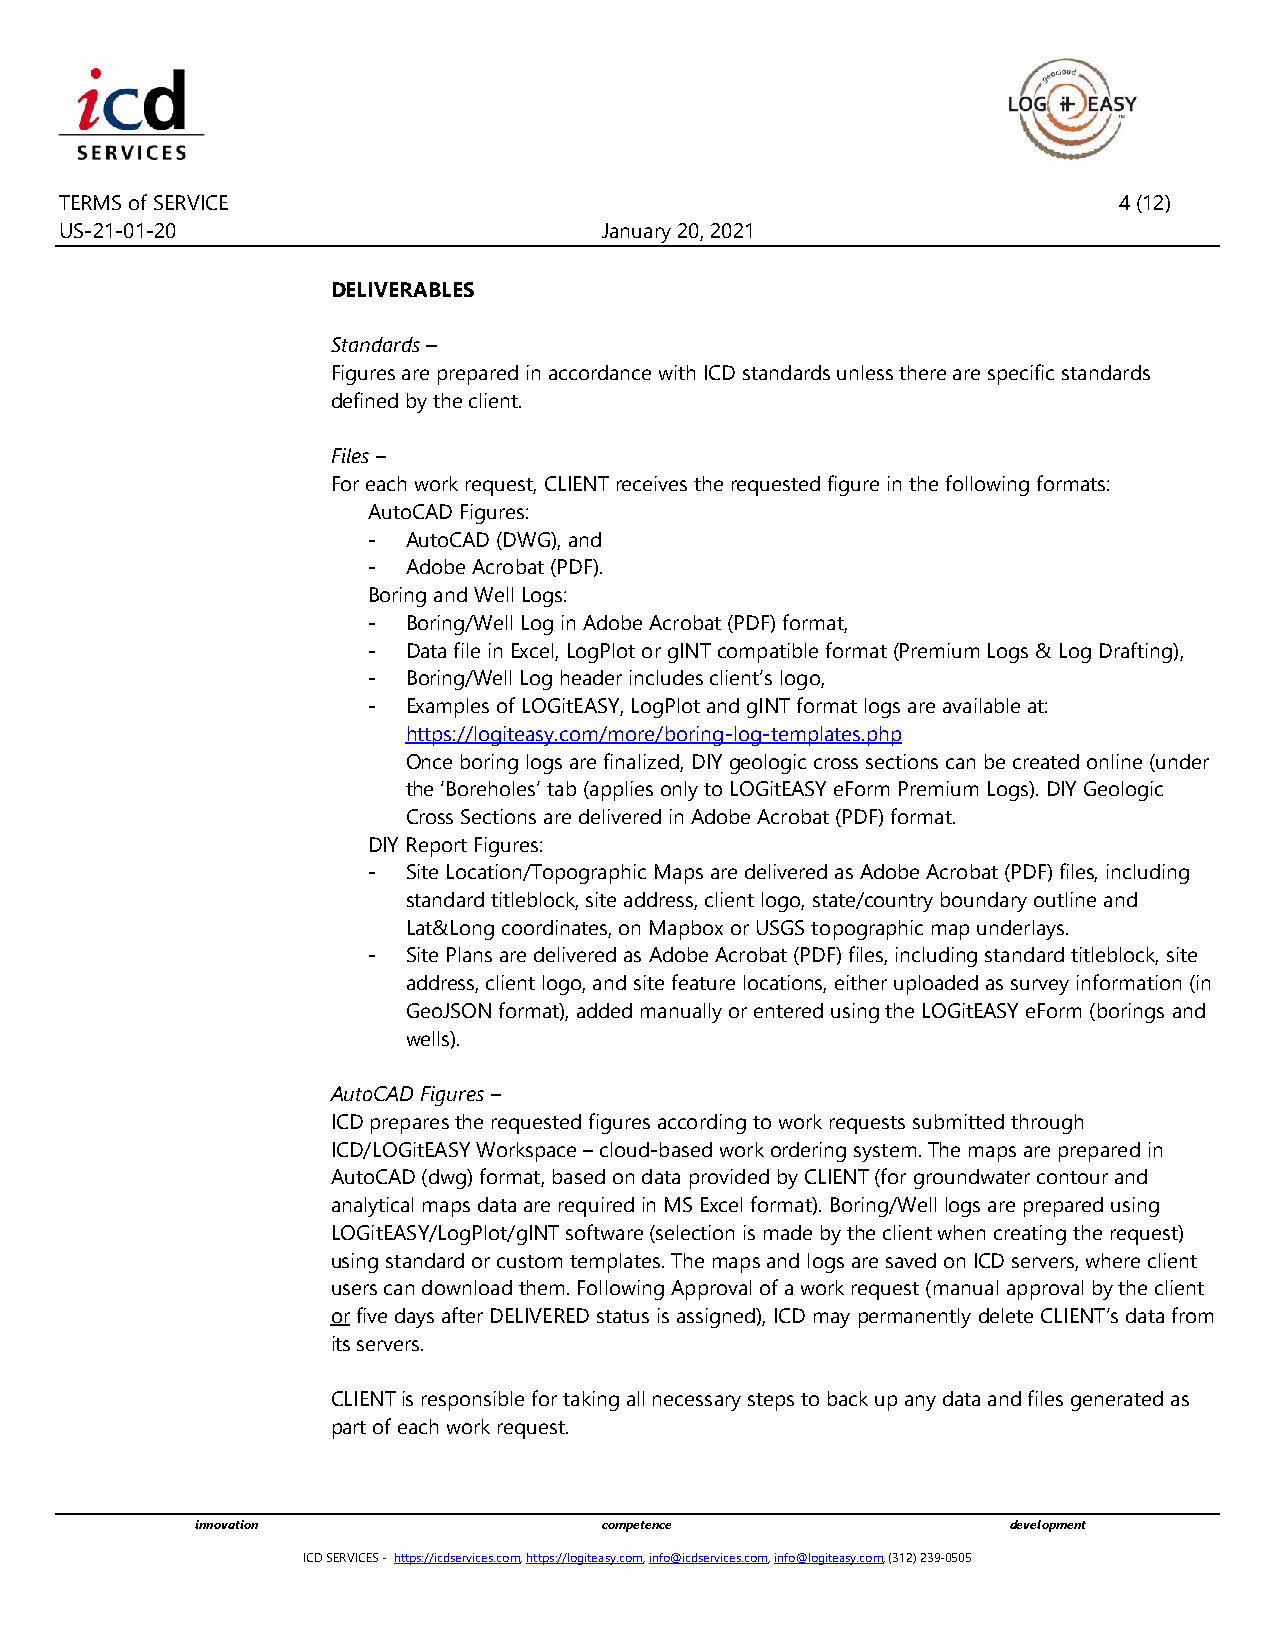
TERMS of SERVICE                                                      4 (12)
 US-21-01-20                         January 20, 2021
 DELIVERABLES
 Standards –
 Figures are prepared in accordance with ICD standards unless there are specific standards
 defined by the client.
 Files –
 For each work request, CLIENT receives the requested figure in the following formats:
 AutoCAD Figures:
 -  AutoCAD (DWG), and
 -  Adobe Acrobat (PDF).
 Boring and Well Logs:
 -  Boring/Well Log in Adobe Acrobat (PDF) format,
 -  Data file in Excel, LogPlot or gINT compatible format (Premium Logs & Log Drafting),
 -  Boring/Well Log header includes client’s logo,
 -  Examples of LOGitEASY, LogPlot and gINT format logs are available at:
 https://logiteasy.com/more/boring-log-templates.php
 Once boring logs are finalized, DIY geologic cross sections can be created online (under
 the ‘Boreholes’ tab (applies only to LOGitEASY eForm Premium Logs). DIY Geologic
 Cross Sections are delivered in Adobe Acrobat (PDF) format.
 DIY Report Figures:
 -  Site Location/Topographic Maps are delivered as Adobe Acrobat (PDF) files, including
 standard titleblock, site address, client logo, state/country boundary outline and
 Lat&Long coordinates, on Mapbox or USGS topographic map underlays.
 -  Site Plans are delivered as Adobe Acrobat (PDF) files, including standard titleblock, site
 address, client logo, and site feature locations, either uploaded as survey information (in
 GeoJSON format), added manually or entered using the LOGitEASY eForm (borings and
 wells).
 AutoCAD Figures –
 ICD prepares the requested figures according to work requests submitted through
 ICD/LOGitEASY Workspace – cloud-based work ordering system. The maps are prepared in
 AutoCAD (dwg) format, based on data provided by CLIENT (for groundwater contour and
 analytical maps data are required in MS Excel format). Boring/Well logs are prepared using
 LOGitEASY/LogPlot/gINT software (selection is made by the client when creating the request)
 using standard or custom templates. The maps and logs are saved on ICD servers, where client
 users can download them. Following Approval of a work request (manual approval by the client
 or five days after DELIVERED status is assigned), ICD may permanently delete CLIENT’s data from
 its servers.
 CLIENT is responsible for taking all necessary steps to back up any data and files generated as
 part of each work request.
 innovation                 competence                 development
 ICD SERVICES - https://icdservices.com, https://logiteasy.com, info@icdservices.com, info@logiteasy.com, (312) 239-0505